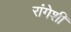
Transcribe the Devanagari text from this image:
रांगेशी